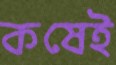
কষেই